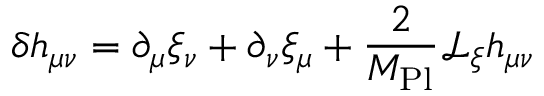
\delta h _ { \mu \nu } = \partial _ { \mu } \xi _ { \nu } + \partial _ { \nu } \xi _ { \mu } + { \frac { 2 } { M _ { \mathrm { P l } } } } { \mathcal { L } } _ { \xi } h _ { \mu \nu }